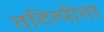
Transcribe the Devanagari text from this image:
तटित्पीता